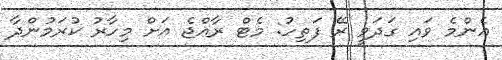
އެންމެ ވައި ގަދަވީ ރޭ ފަތިހު: މެޓް ރާއްޖެ އަށް މިހާރު ކުރަމުންދާ